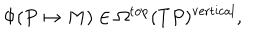
LaTeX: \Phi ( P \mapsto M ) \in \Omega ^ { \mathrm { t o p } } ( T P ) ^ { \mathrm { v e r t i c a l } } ,